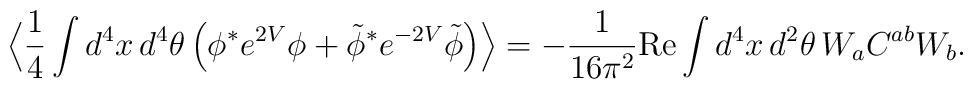
\Big\langle \frac{1}{4}\int d^4x\,d^4\theta\,\Big(\phi^* e^{2V}\phi+ \tilde\phi^* e^{-2V}\tilde\phi\Big)\Big\rangle= - \frac{1}{16\pi^2} \mbox{Re}\int d^4x\,d^2\theta\,W_a C^{ab} W_b.